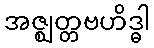
အဇ္ဈတ္တဗဟိဒ္ဓါ